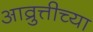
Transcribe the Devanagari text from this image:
आव्रुत्तीच्या